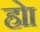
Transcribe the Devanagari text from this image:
होा